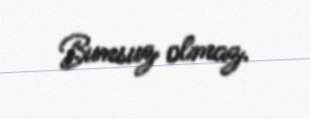
Bunsuz olmaz.